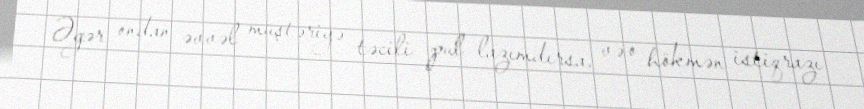
Əgər ondan əvvəl müştəriyə təcili pul lazımdırsa, və o hökmən istiqrazı